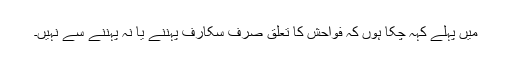
میں پہلے کہہ چکا ہوں کہ فواحش کا تعلق صرف سکارف پہننے یا نہ پہننے سے نہیں۔